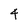
Character: 4